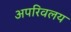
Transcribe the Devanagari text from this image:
अपरिवलय